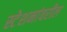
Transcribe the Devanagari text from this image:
स्टेशनांवरील